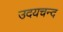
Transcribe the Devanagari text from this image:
उदयचन्द